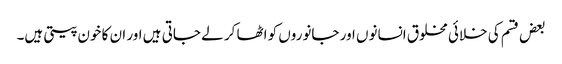
بعض قسم کی خلائی مخلوق انسانوں اور جانوروں کو اٹھا کر لے جاتی ہیں اور ان کا خون پیتی ہیں۔